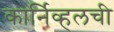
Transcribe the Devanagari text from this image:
कार्निव्हलची